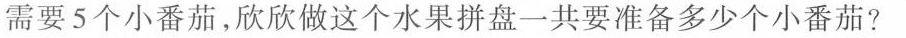
需要5个小番茄，欣欣做这个水果拼盘一共要准备多少个小番茄?